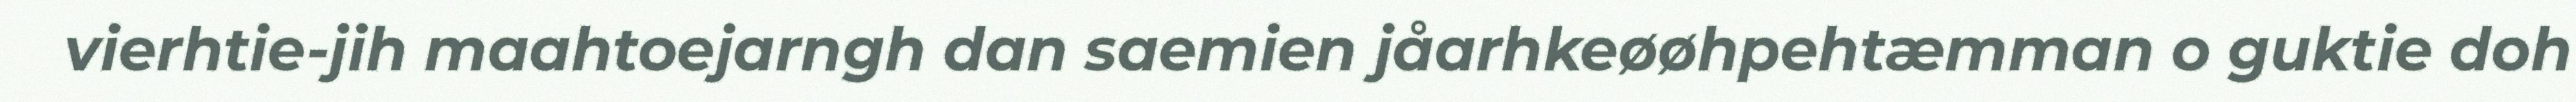
vierhtie-jih maahtoejarngh dan saemien jåarhkeøøhpehtæmman o guktie doh